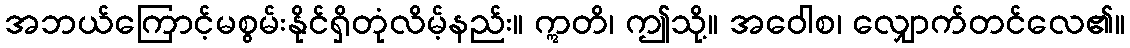
အဘယ်ကြောင့်မစွမ်းနိုင်ရှိတုံလိမ့်နည်း။ ဣတိ၊ ဤသို့။ အဝေါစ၊ လျှောက်တင်လေ၏။